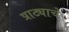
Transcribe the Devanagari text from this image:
प्राट्याचे